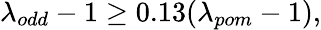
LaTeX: \lambda_{odd}-1\ge 0.13(\lambda_{pom}-1),